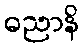
ဓညာနိ